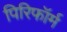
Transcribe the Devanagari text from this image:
पिरिफॉर्म